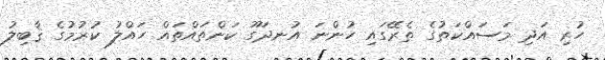
ހުރި އަދި މަސައްކަތުގެ ތެރޭގައި ހުންނަ އުނދަގޫ ކަންތައްތައް ހައްލު ކުރުމުގެ ޤާބިލު